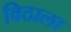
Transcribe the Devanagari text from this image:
विठाला